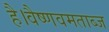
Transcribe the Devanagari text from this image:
है।वैष्णवमताब्ज